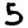
Digit: 5